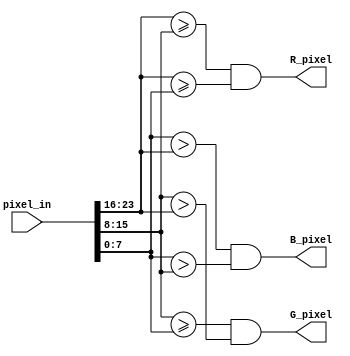
`timescale 1ns/10ps
module color_compare(pixel_in,R_pixel,G_pixel,B_pixel);

input[23:0] pixel_in;

output R_pixel,G_pixel,B_pixel;

wire[7:0] R=pixel_in[23:16];
wire[7:0] G=pixel_in[15:8];
wire[7:0] B=pixel_in[7:0];

assign R_pixel=((R>=G)&&(R>=B));
assign G_pixel=((G>=B)&&(G>R));
assign B_pixel=((B>R)&&(B>G));

endmodule